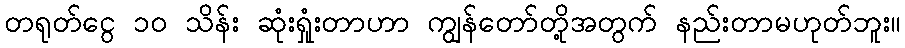
တရုတ်ငွေ ၁၀ သိန်း ဆုံးရှုံးတာဟာ ကျွန်တော်တို့အတွက် နည်းတာမဟုတ်ဘူး။